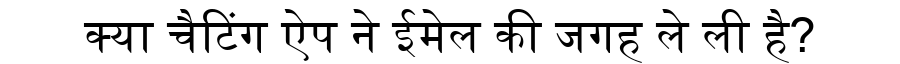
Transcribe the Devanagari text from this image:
क्या चैटिंग ऐप ने ईमेल की जगह ले ली है?